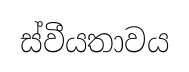
ස්වීයතාවය